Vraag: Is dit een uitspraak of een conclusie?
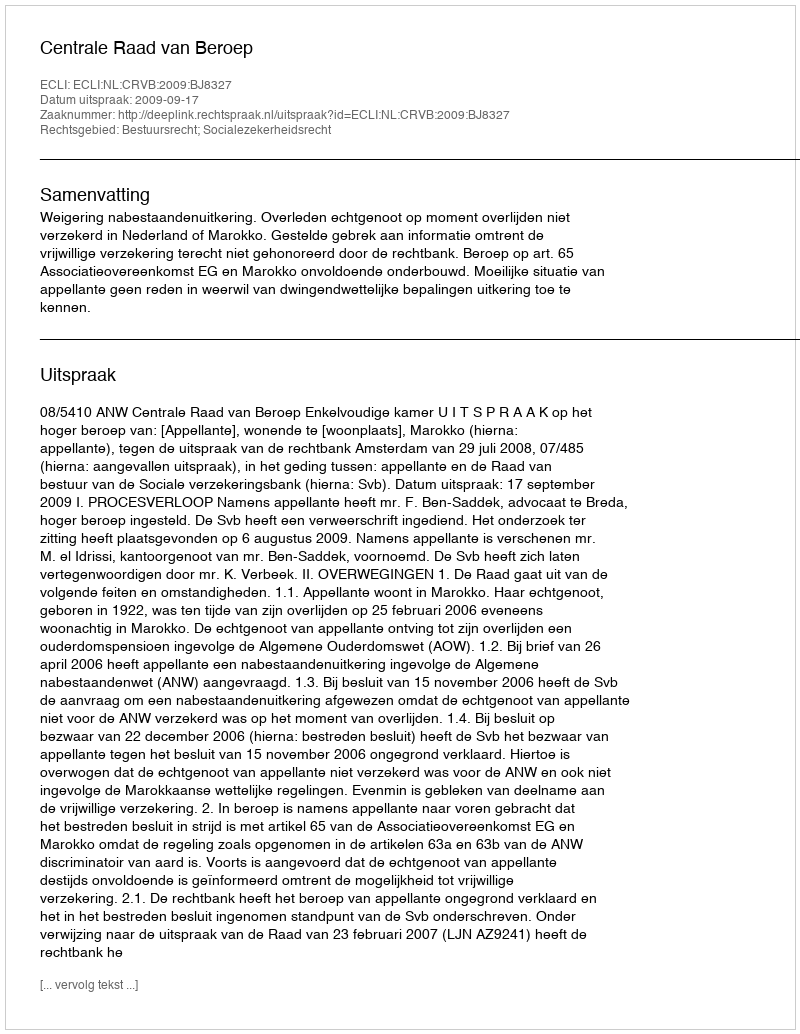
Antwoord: Uitspraak